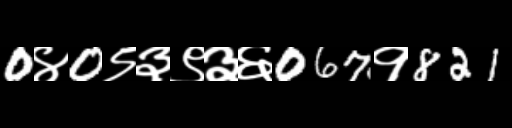
Text: 0४0९३९३६067१821